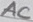
Text: AC